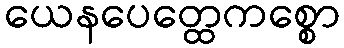
ယေနပေတ္ထေကစ္စော